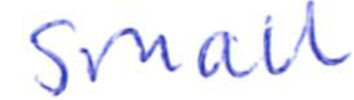
Text: small
Cross-out: clean
Writing tool: ballpoint